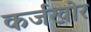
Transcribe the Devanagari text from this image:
कर्जखोर